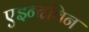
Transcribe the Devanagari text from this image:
एइन्दविन